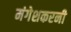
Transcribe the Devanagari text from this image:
मंगेशकरनी